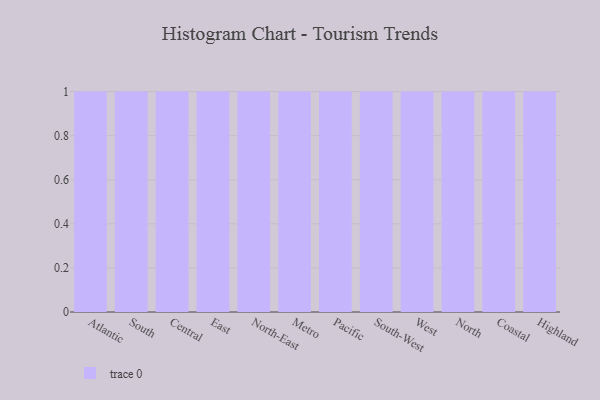
{"axis": {"x": "Region", "y": "Active Users"}, "legend": [""], "data": [{"x": "Atlantic", "y": 85, "type": ""}, {"x": "South", "y": 92, "type": ""}, {"x": "Central", "y": 100, "type": ""}, {"x": "East", "y": 3, "type": ""}, {"x": "North-East", "y": 41, "type": ""}, {"x": "Metro", "y": 47, "type": ""}, {"x": "Pacific", "y": 3, "type": ""}, {"x": "South-West", "y": 18, "type": ""}, {"x": "West", "y": 74, "type": ""}, {"x": "North", "y": 2, "type": ""}, {"x": "Coastal", "y": 53, "type": ""}, {"x": "Highland", "y": 53, "type": ""}]}